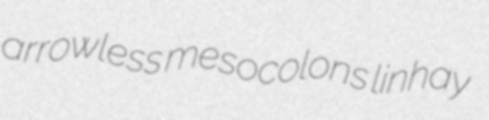
arrowless mesocolons linhay